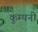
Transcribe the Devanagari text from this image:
कुम्पनी